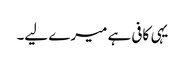
یہی کافی ہے میرے لیے۔